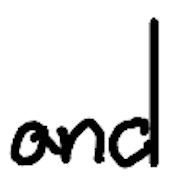
Text: and
Cross-out: clean
Writing tool: digital_black